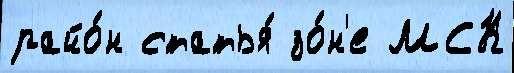
райо́н статья́ зо́н'е МСК